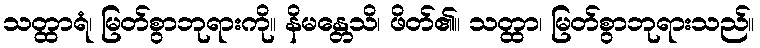
သတ္ထာရံ၊ မြတ်စွာဘုရားကို။ နိမန္တေသိ၊ ဖိတ်၏။ သတ္ထာ၊ မြတ်စွာဘုရားသည်။